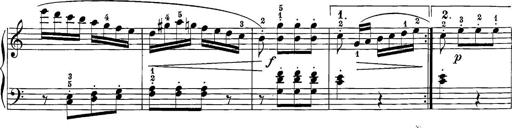
Title: 12 Sonatine per Pianoforte
Composer: Friedrich Kuhlau